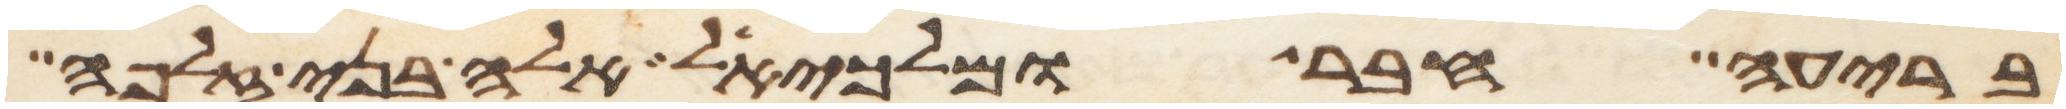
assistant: בריעה חבר ומלכיאל אלה בני זלפה